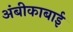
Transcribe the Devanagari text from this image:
अंबीकाबाई